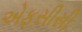
એફસીસી